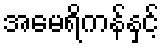
အမေရိကန်နှင့်